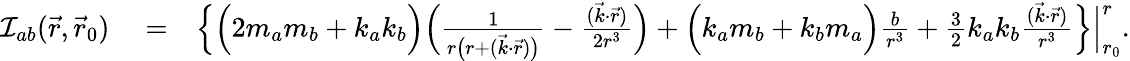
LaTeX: \begin{array}{rlr}{{\cal I}_{ab}(\vec{r},\vec{r}_{0})}&{{}=}&{\Big\{ \Big(2m_{a}m_{b}+k_{a}k_{b}\Big)\Big(\frac{1}{r\big(r+({\vec{k}}\cdot{\vec{r}})\big)}-\frac{({\vec{k}}\cdot{\vec{r}})}{2r^{3}}\Big)+\Big(k_{a}m_{b}+k_{b}m_{a}\Big)\frac{b}{r^{3}}+{\textstyle\frac{3}{2}}k_{a}k_{b}\frac{({\vec{k}}\cdot{\vec{r}})}{r^{3}}\Big\} \Big|_{r_{0}}^{r}.}\end{array}